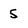
Character: 5